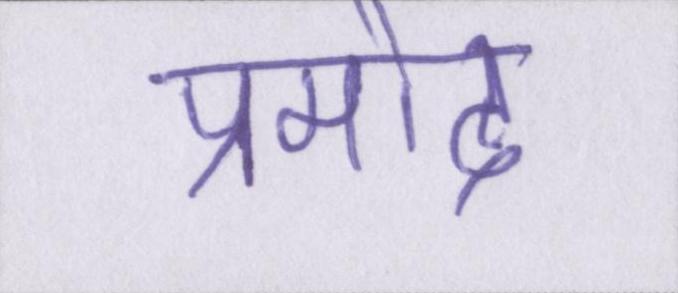
प्रमोद